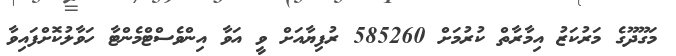
މަގޫދޫގެ މަރުކަޒު އިމާރާތް ކުރުމަށް 585260 ރުފިޔާއަށް ވީ އަވާ އިންވެސްޓްމެންޓާ ހަވާލުކޮށްފައިވާ